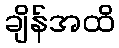
ချိန်အထိ